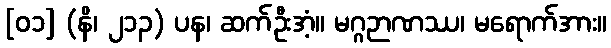
[၀၁] (နိ၊ ၂၁၃) ပန၊ ဆက်ဦးအံ့။ မဂ္ဂဉာဏဿ၊ မရောက်အား။